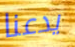
يدعنا